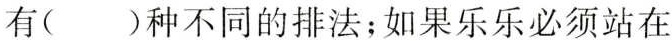
有()种不同的排法；如果乐乐必须站在